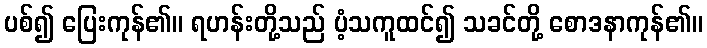
ပစ်၍ ပြေးကုန်၏။ ရဟန်းတို့သည် ပံ့သကူထင်၍ သခင်တို့ စောဒနာကုန်၏။